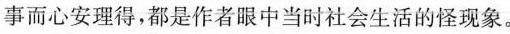
事而心安理得，都是作者眼中当时社会生活的怪现象。